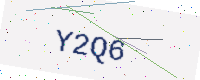
Text: Y2Q6